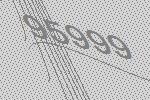
95999